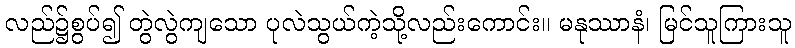
လည်၌စွပ်၍ တွဲလွဲကျသော ပုလဲသွယ်ကဲ့သို့လည်းကောင်း။ မနုဿာနံ၊ မြင်သူကြားသူ